65_HS1-834228961_62-HQ-83894_Section_4
Agency: FBI
Page 20
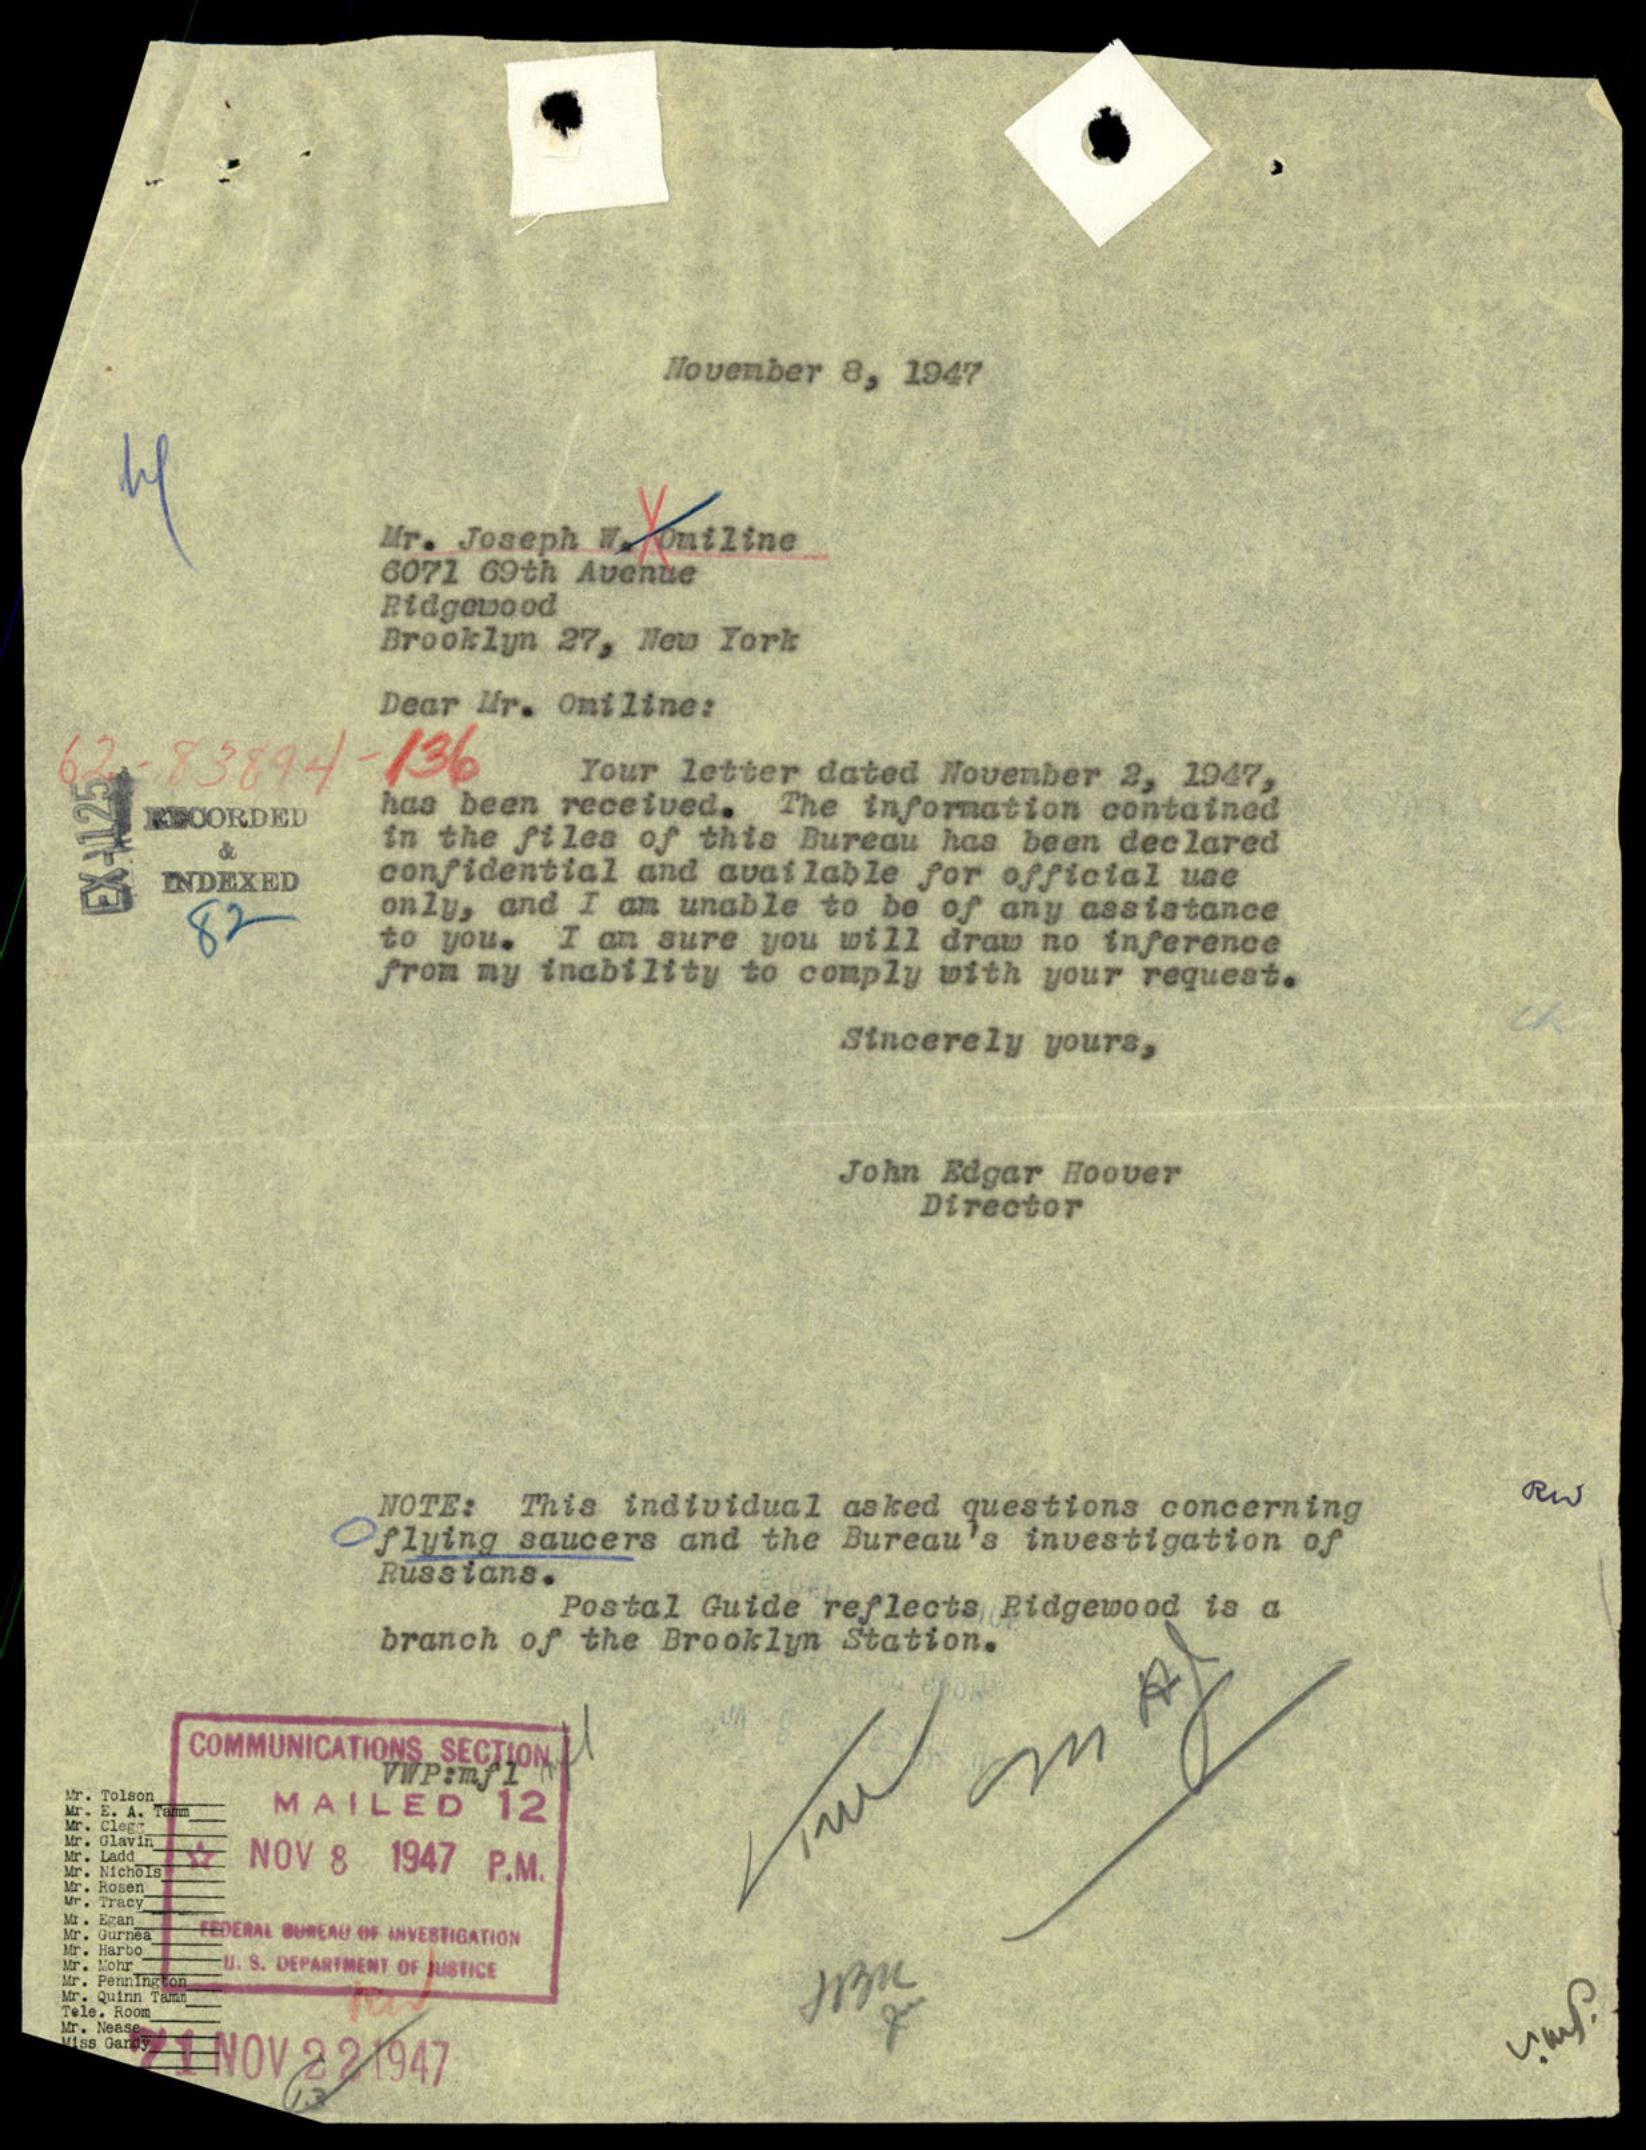